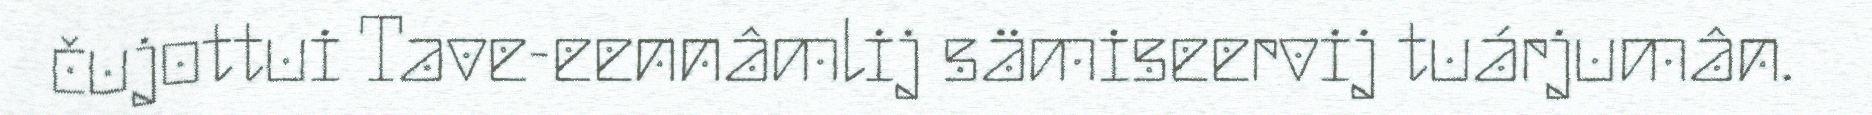
čujottui Tave-eennâmlij sämiseervij tuárjumân.